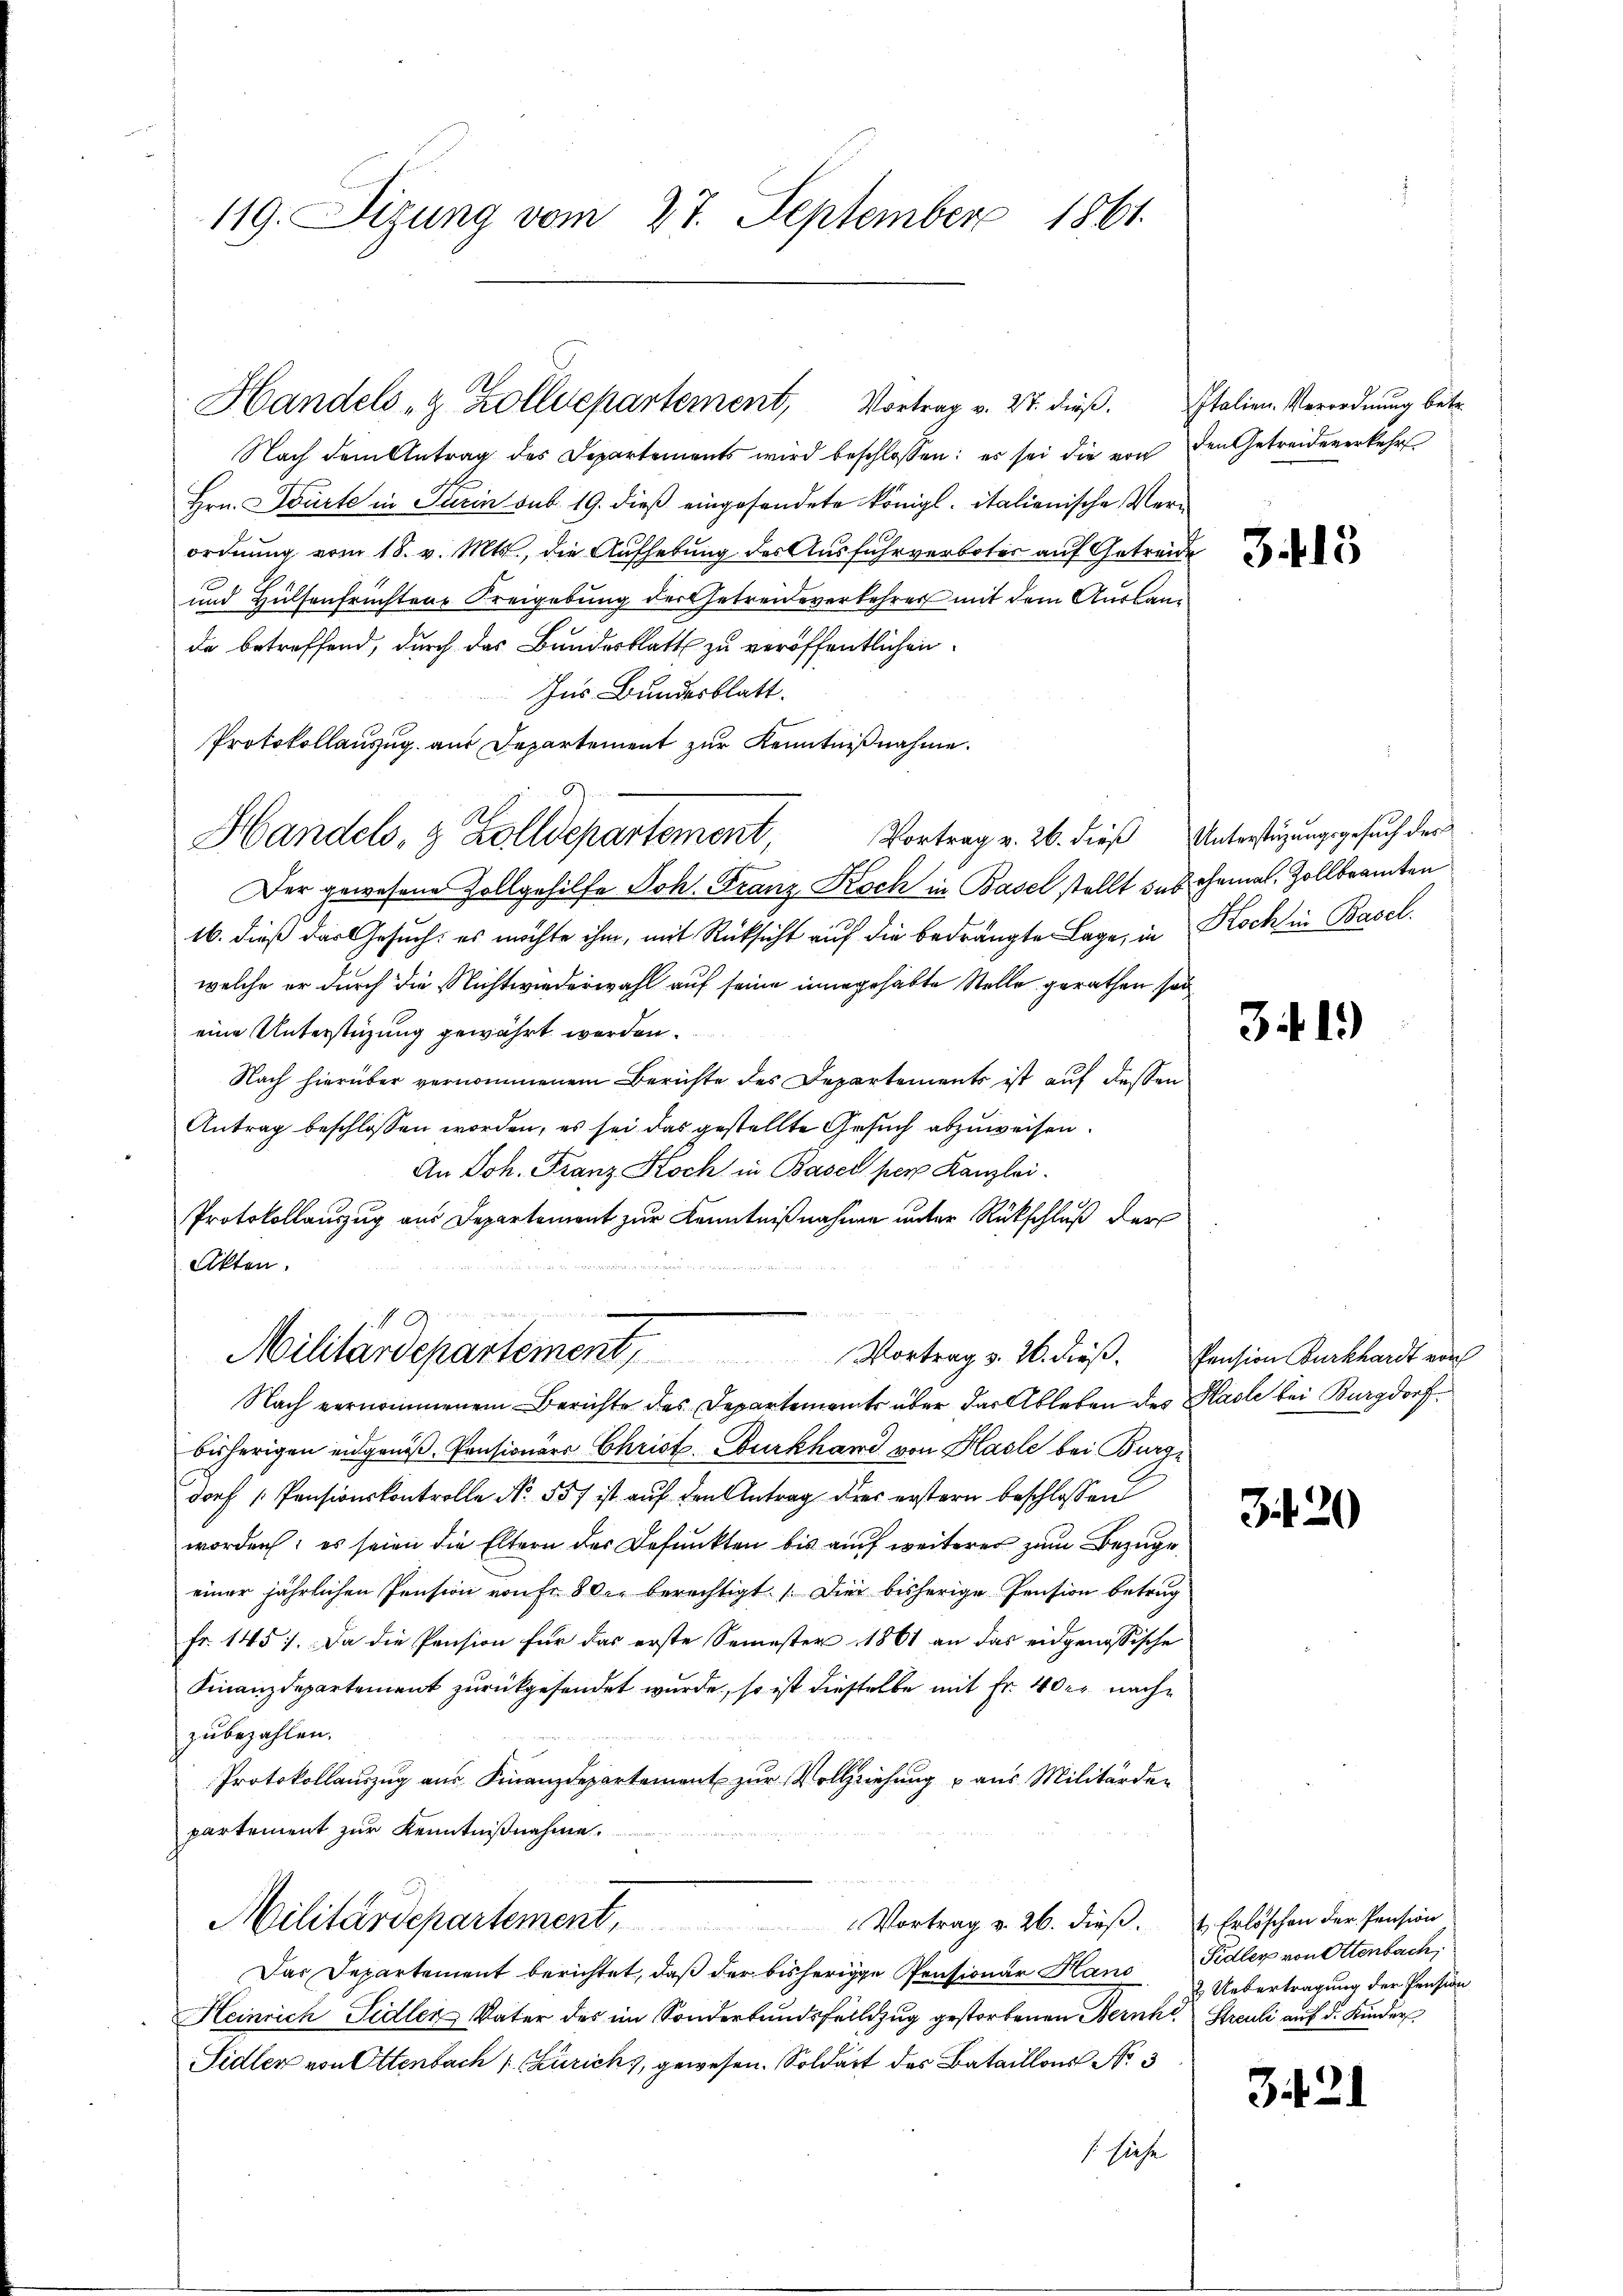
119. Sizung vom 27. September 1861.

Handels- & Zolldepartement, Vortrag v. 27. dieβ. Italien-Verordnŭng betr.

Nach dem Antrag des Departements wird beschlossen: es sei die von den Getreideverkehr
Hrn. Courte in Turin sub. 19. dieß eingesendete Königl. italienische Verordnung vom 18. v. Mts., die Aufhebung des Ausfuhrverbotes auf Getreide
und Hülsenfrüchten Kreigebung der Getreideverkehrer mit dem Auslande betreffend, durch das Bundesblatt zu veröffentlichen
Ins Bundesblatt.
Vortrag v. 26. dieß Unterstützungsgesuch der
Der gewesene Zollgehilfe Joh. Franz Koch in Basel stellt das ehemal. Zollbeamten
16. dieß das Gesuch, es möchte ihm, mit Rücksicht auf die bedrängte Lage, in Kochhin Basel
welche er durch die Nichtwiederwahl auf seine innegehabte Stelle gerathen sei
eine Unterstüzung gewährt werden.
Nach hierüber vernommenem Berichte des Departements ist auf dessen
Antrag beschlossen worden, es sei das gestellte Gesuch abzuweisen.
An Joh. Franz Koch in Basel per Kanzlei.
Protokollauszug aus Departement zur Kenntnißnahme unter Rückschluß der
Akten.
e
Militärdepartement, Vortrag v. 26. dieβ. Pension Burkhardt von
Nach vernommenem Berichte des Departement über der Ableben des Hasle bei Burgdorf
bisherigen eidgenöß. Pensionärs Christ Burkhard von Hasle bei Burg-
dorf Pensionskontrolle No. 557 ist auf den Antrag dies erstern beschlossen
worden; es seien die Eltern der Befunkten bis auf weiterer zum Bezuge
einer jährlichen Pension von Fr. 800. berechtigt. Die bisherige Pension betrug
Fr. 1457. Da die Pension für das erste Semester 1861 an das eidgenössische
Finanzdepartement zurückgesendet wurde, so ist dieselbe mit Fr. 4 der nachzubezahlen.
Protokollauszug aus Finanzdepartement zur Vollziehung u aus Militärder
partement zur Kenntnißnahme.
Militärdepartement. Vortrag v. 26. dieß. Erlöschen der Pension
Das Departement berichtet, daß der bisherige Pensionar Hans
Heinrich Sidler Vater des im Sonderbundsfellzug gestorbenen Bernhi Streuli auf d. Kinder
Sidler von Ottenbach / Curich, gewesen. Soldart des Bataillons No 3
s siche

Protokollauszug aus Departement zur Kenntnißnahme.
Handels, 3 Zolldepartement,

3415

31.)

320

Fidler von Ottenbach,
Uebertragung der Pension

342